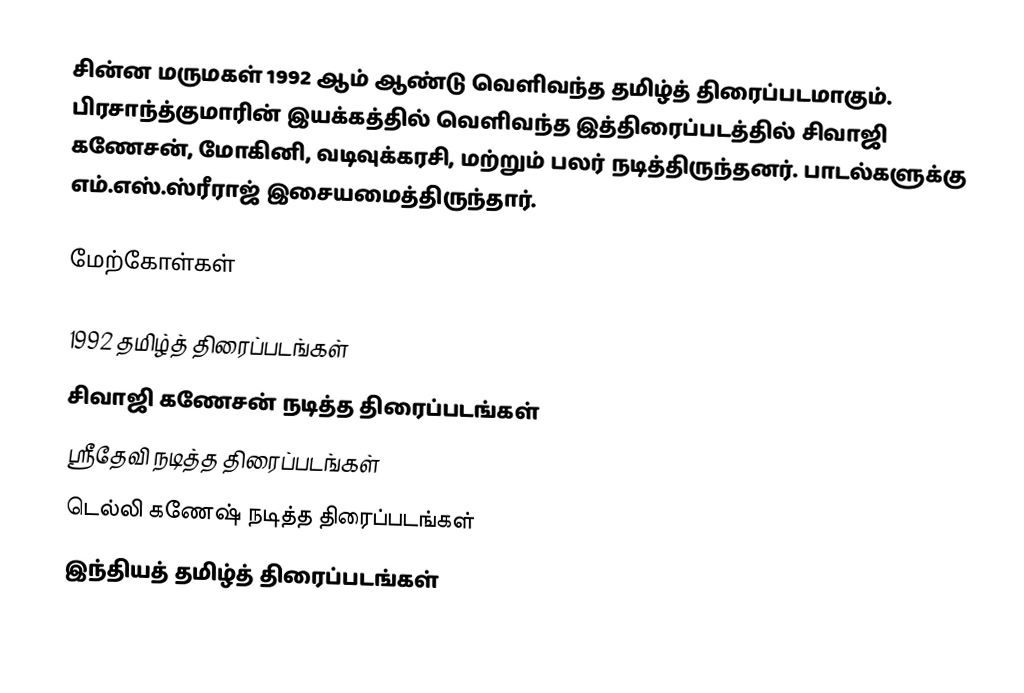
சின்ன மருமகள் 1992 ஆம் ஆண்டு வெளிவந்த தமிழ்த் திரைப்படமாகும். பிரசாந்த்குமாரின் இயக்கத்தில் வெளிவந்த இத்திரைப்படத்தில் சிவாஜி கணேசன், மோகினி, வடிவுக்கரசி, மற்றும் பலர் நடித்திருந்தனர். பாடல்களுக்கு எம்.எஸ்.ஸ்ரீராஜ் இசையமைத்திருந்தார்.

மேற்கோள்கள்

1992 தமிழ்த் திரைப்படங்கள்
சிவாஜி கணேசன் நடித்த திரைப்படங்கள்
ஸ்ரீதேவி நடித்த திரைப்படங்கள்
டெல்லி கணேஷ் நடித்த திரைப்படங்கள்
இந்தியத் தமிழ்த் திரைப்படங்கள்